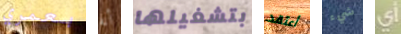
بعمري أنه بتشغيلها أعتقد شيء أي